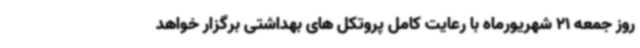
روز جمعه 21 شهریورماه با رعایت کامل پروتکل های بهداشتی برگزار خواهد